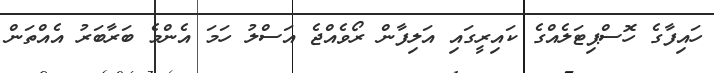
ހައިފާގެ ހޮސްޕިޓަލެއްގެ ކައިރީގައި އަލިފާން ރޯވެއްޖެ އަސްލު ހަމަ އެންމެ ބަރާބަރު އެއްތަން